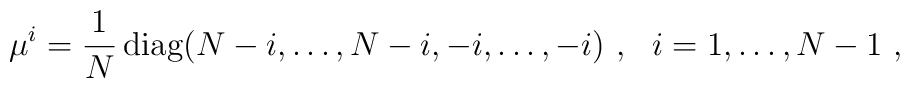
\mu^i=\frac{1}{N}\,{\rm diag}(N-i,\ldots,N-i,-i,\ldots,-i)~,~~i=1,\ldots,N-1~,